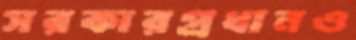
সরকারপ্রধানও